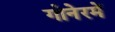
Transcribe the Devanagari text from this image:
गोनेरमें